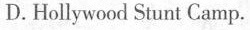
D. Hollywood Stunt Camp